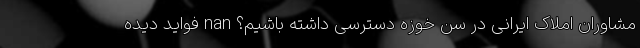
مشاوران املاک ایرانی در سن خوزه دسترسی داشته باشیم؟ nan فواید دیده